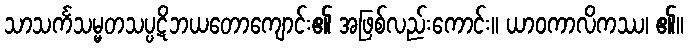
သာသင်္ကသမ္မတသပ္ပဋိဘယတောကျောင်း၏ အဖြစ်လည်းကောင်း။ ယာဝကာလိကဿ၊ ၏။